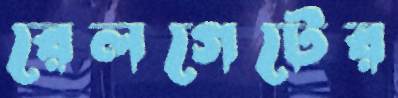
রেলগেটের